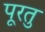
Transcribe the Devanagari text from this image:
पूरतु